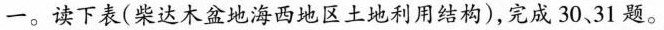
一。读下表(柴达木盆地海西地区土地利用结构)，完成30、31题。